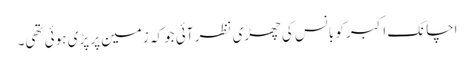
اچانک اکبر کو بانس کی چھڑی نظر آئی جو کہ زمین پر پڑی ہوئی تھی۔